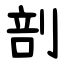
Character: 剖